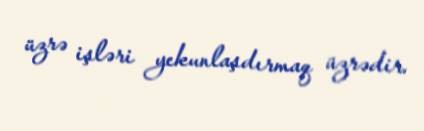
üzrə işləri yekunlaşdırmaq üzrədir.